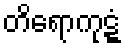
တိရောကုဋ္ဋံ